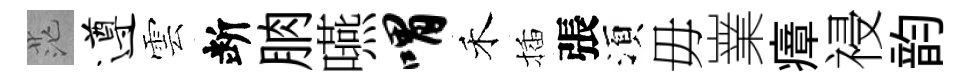
茫遵雲断朒嚥喟禾插張湏毋嶪瘴祲韵